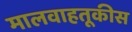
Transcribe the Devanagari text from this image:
मालवाहतूकीस